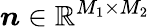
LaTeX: \boldsymbol{n}\in\mathbb{R}^{M_{1}\times M_{2}}